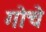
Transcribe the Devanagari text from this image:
गोचे